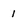
Character: 1